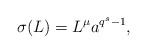
LaTeX: \begin{align*}\sigma(L)=L^{\mu} a^{q^{{s}}-1}, \end{align*}